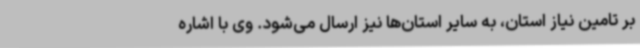
بر تامین نیاز استان، به سایر استان‌ها نیز ارسال می‌شود. وی با اشاره